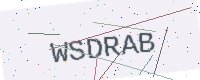
Text: WSDRAB